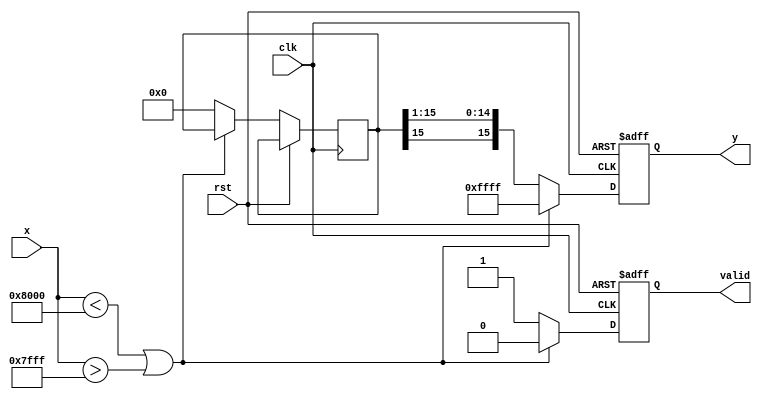
module atanh (
    input wire signed [15:0] x,      // Input value (fixed-point representation)
    output reg signed [15:0] y,       // Output value (atanh result)
    output reg valid,                  // Output valid signal
    input wire clk,                    // Clock signal
    input wire rst                     // Reset signal
);

    // Internal signals
    wire signed [15:0] one_plus_x;
    wire signed [15:0] one_minus_x;
    wire signed [15:0] z;              // z = (1 + x) / (1 - x)
    wire signed [15:0] ln_z;           // ln(z)
    reg signed [15:0] ln_z_reg;        // Register for ln(z)
    
    // Range check
    always @(posedge clk or posedge rst) begin
        if (rst) begin
            y <= 16'b0;
            valid <= 1'b0;
        end else begin
            if (x < -16'h8000 || x > 16'h7FFF) begin // Check if x is out of range (-1, 1)
                y <= 16'hFFFF; // Indicate error (e.g., NaN)
                valid <= 1'b0;
            end else begin
                valid <= 1'b1;
                one_plus_x <= x + 16'h0001; // 1 + x
                one_minus_x <= 16'h0001 - x; // 1 - x
                // Call division module (not implemented here)
                z <= divide(one_plus_x, one_minus_x); // z = (1 + x) / (1 - x)
                // Call logarithm module (not implemented here)
                ln_z_reg <= ln(z); // ln(z)
                // Compute y = (1/2) * ln(z)
                y <= ln_z_reg >>> 1; // Right shift by 1 for fixed-point division by 2
            end
        end
    end

    // Placeholder for division module
    function signed [15:0] divide(input signed [15:0] num, input signed [15:0] denom);
        // Implement division logic here (e.g., using iterative method or CORDIC)
        // For now, return a dummy value
        divide = 16'h0000; // Replace with actual division result
    endfunction

    // Placeholder for logarithm module
    function signed [15:0] ln(input signed [15:0] value);
        // Implement logarithm logic here (e.g., using CORDIC or lookup table)
        // For now, return a dummy value
        ln = 16'h0000; // Replace with actual logarithm result
    endfunction

endmodule